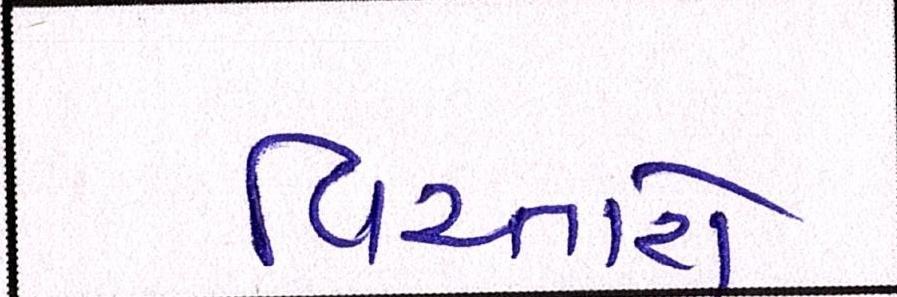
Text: વિસ્તારો